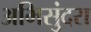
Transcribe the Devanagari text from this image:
अभिसुंदरा